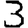
Digit: 3